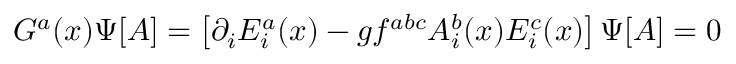
G ^ { a } ( x ) \Psi [ A ] = \left[ \partial _ { i } E _ { i } ^ { a } ( x ) - g f ^ { a b c } A _ { i } ^ { b } ( x ) E _ { i } ^ { c } ( x ) \right] \Psi [ A ] = 0